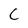
Character: C